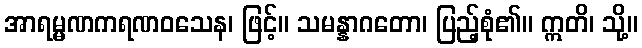
အာရမ္မဏကရဏဝသေန၊ ဖြင့်။ သမန္နာဂတော၊ ပြည့်စုံ၏။ ဣတိ၊ သို့။